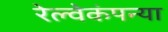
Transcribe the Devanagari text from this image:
रेल्वेकंपन्या